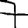
Digit: 7